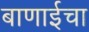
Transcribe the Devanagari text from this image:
बाणाईचा